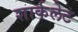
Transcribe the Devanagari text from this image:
शार्कलेट